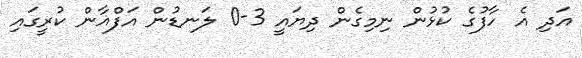
އަދި އެ ހާފުގެ ކުޅުން ނިމިގެން ދިޔައީ 3-0 ލަނޑުން އަފްޣާން ކުރީގައި